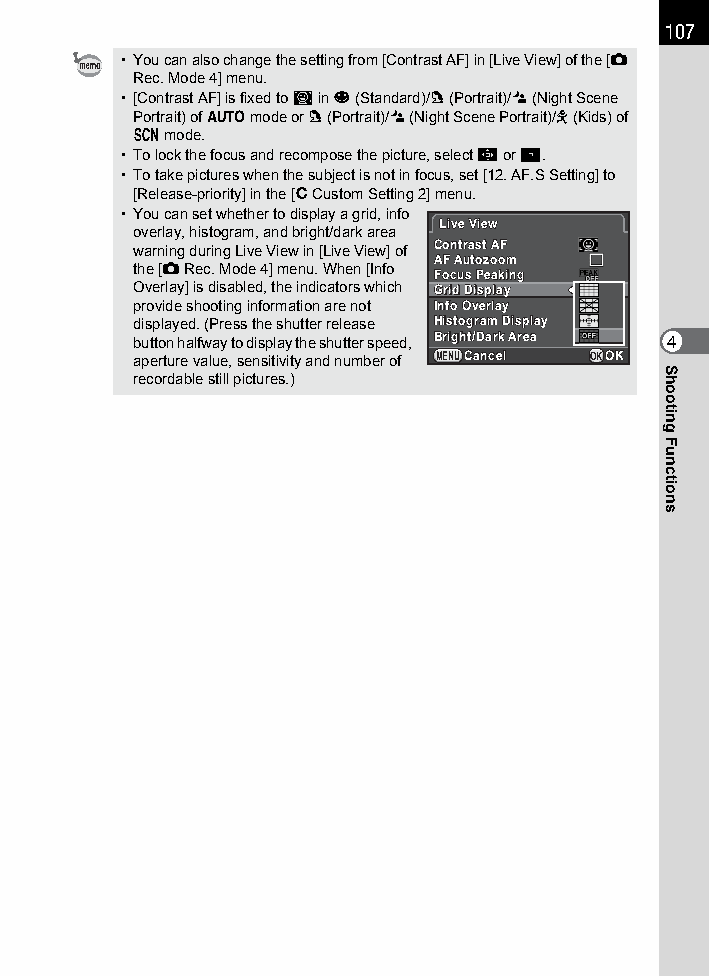
107
 • You can also change the setting from [Contrast AF] in [Live View] of the [A
 Rec. Mode 4] menu.
 • [Contrast AF] is fixed to D in U (Standard)/c (Portrait)/. (Night Scene
 Portrait) of n mode or c (Portrait)/. (Night Scene Portrait)/R (Kids) of
 H mode.
 • To lock the focus and recompose the picture, select G or H.
 • To take pictures when the subject is not in focus, set [12. AF.S Setting] to
 [Release-priority] in the [A Custom Setting 2] menu.
 • You can set whether to display a grid, info
 LLiivvee VViieeww
 overlay, histogram, and bright/dark area
 warning during Live View in [Live View] of CCoonnttrraasstt AAFF
 AAFF AAuuttoozzoooomm
 the [A Rec. Mode 4] menu. When [Info
 FFooccuuss PPeeaakkiinngg
 Overlay] is disabled, the indicators which GGrriidd DDiissppllaayy
 provide shooting information are not IInnffoo OOvveerrllaayy
 displayed. (Press the shutter release HHiissttooggrraamm DDiissppllaayy
 button halfway to display the shutter speed, BBrriigghhtt//DDaarrkk AArreeaa 4
 aperture value, sensitivity and number of MMEENNUUCCaanncceell OKOOKK
 recordable still pictures.)
 Shooting
 Functions